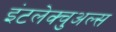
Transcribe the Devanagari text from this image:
इंटलेक्चुअल्स